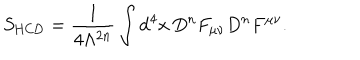
LaTeX: S _ { \mathrm { H C D } } = \frac { 1 } { 4 \Lambda ^ { 2 n } } \int \mathrm { d } ^ { 4 } x \, D ^ { n } F _ { \mu \nu } D ^ { n } F ^ { \mu \nu } .